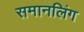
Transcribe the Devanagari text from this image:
समानलिंग